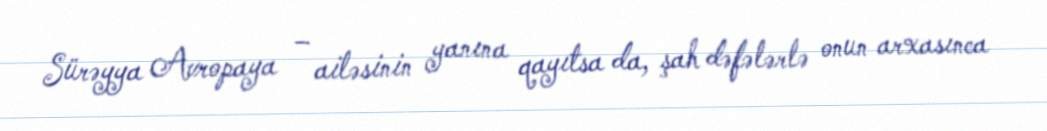
Sürəyya Avropaya – ailəsinin yanına qayıtsa da, şah dəfələrlə onun arxasınca